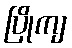
ပြိုကျ